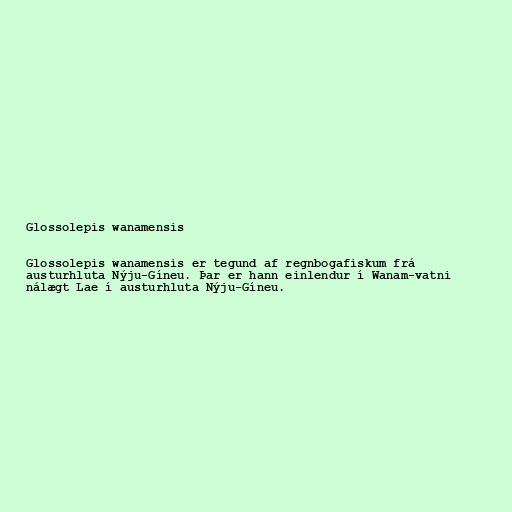
Glossolepis wanamensis

Glossolepis wanamensis er tegund af regnbogafiskum frá
austurhluta Nýju-Gíneu. Þar er hann einlendur í Wanam-vatni
nálægt Lae í austurhluta Nýju-Gíneu.